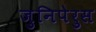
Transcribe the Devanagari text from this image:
जुनिपेरुस